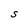
Character: s